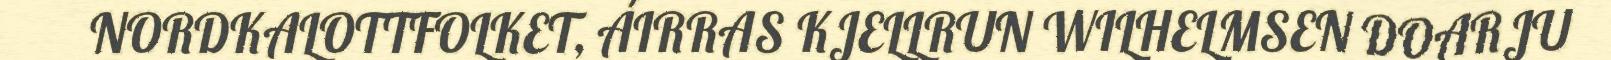
NORDKALOTTFOLKET, ÁIRRAS KJELLRUN WILHELMSEN DOARJU